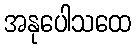
အနုပေါသထေ